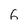
Character: 6